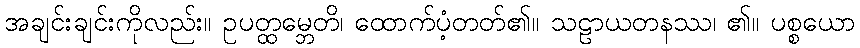
အချင်းချင်းကိုလည်း။ ဥပတ္ထမ္ဘေတိ၊ ထောက်ပံ့တတ်၏။ သဠာယတနဿ၊ ၏။ ပစ္စယော